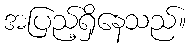
အပြည့်ရှိနေသည်။